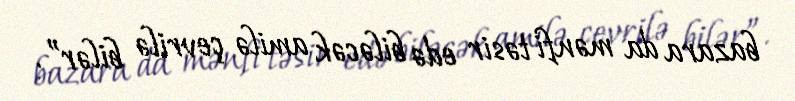
bazara da mənfi təsir edə biləcək amilə çevrilə bilər”.